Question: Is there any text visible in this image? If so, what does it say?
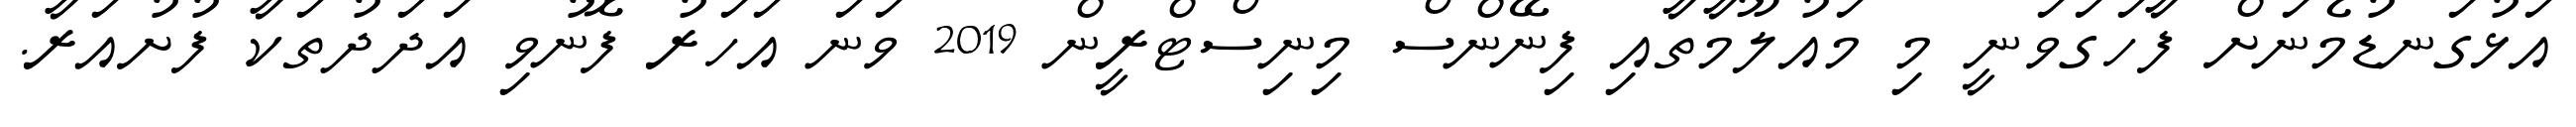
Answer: އަޅުގަނޑުމެނަށް ފާހަގަވަނީ މި މައުލޫމާތާއި ފިނޭންސް މިނިސްޓްރީން 2019 ވަނަ އަހަރު ފޮނުވި އަދަދުތަކާ ފުށުއަރާ.